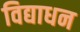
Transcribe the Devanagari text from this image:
विद्याधन